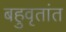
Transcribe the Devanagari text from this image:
बहुवृतांत